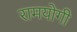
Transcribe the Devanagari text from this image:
रामयोगी